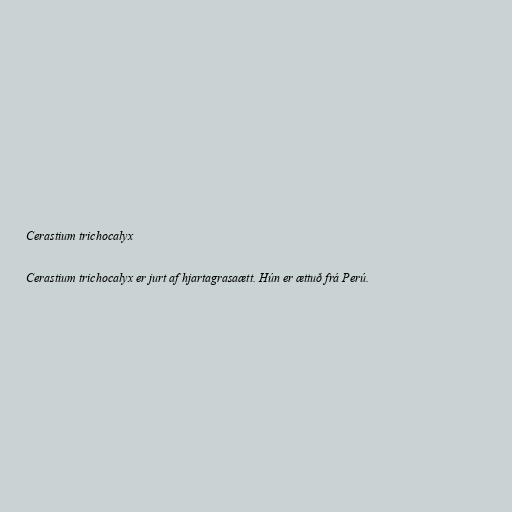
Cerastium trichocalyx

Cerastium trichocalyx er jurt af hjartagrasaætt. Hún er ættuð frá Perú.